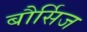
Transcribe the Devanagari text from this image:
बौर्सिज